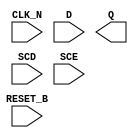
module sky130_fd_sc_hs__sdfrtn (
    RESET_B,
    CLK_N  ,
    D      ,
    Q      ,
    SCD    ,
    SCE
);

    input  RESET_B;
    input  CLK_N  ;
    input  D      ;
    output Q      ;
    input  SCD    ;
    input  SCE    ;

    // Voltage supply signals
    supply1 VPWR;
    supply0 VGND;

endmodule